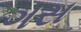
ગસ